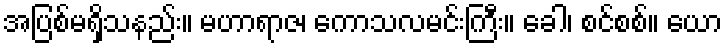
အပြစ်မရှိသနည်း။ မဟာရာဇ၊ ကောသလမင်းကြီး။ ခေါ၊ စင်စစ်။ ယော